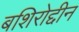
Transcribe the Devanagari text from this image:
बशिरोद्दीन